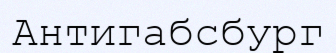
Антигабсбург